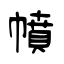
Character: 幩